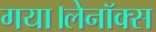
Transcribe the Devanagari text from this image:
गया।लेनॉक्स